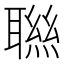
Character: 聮